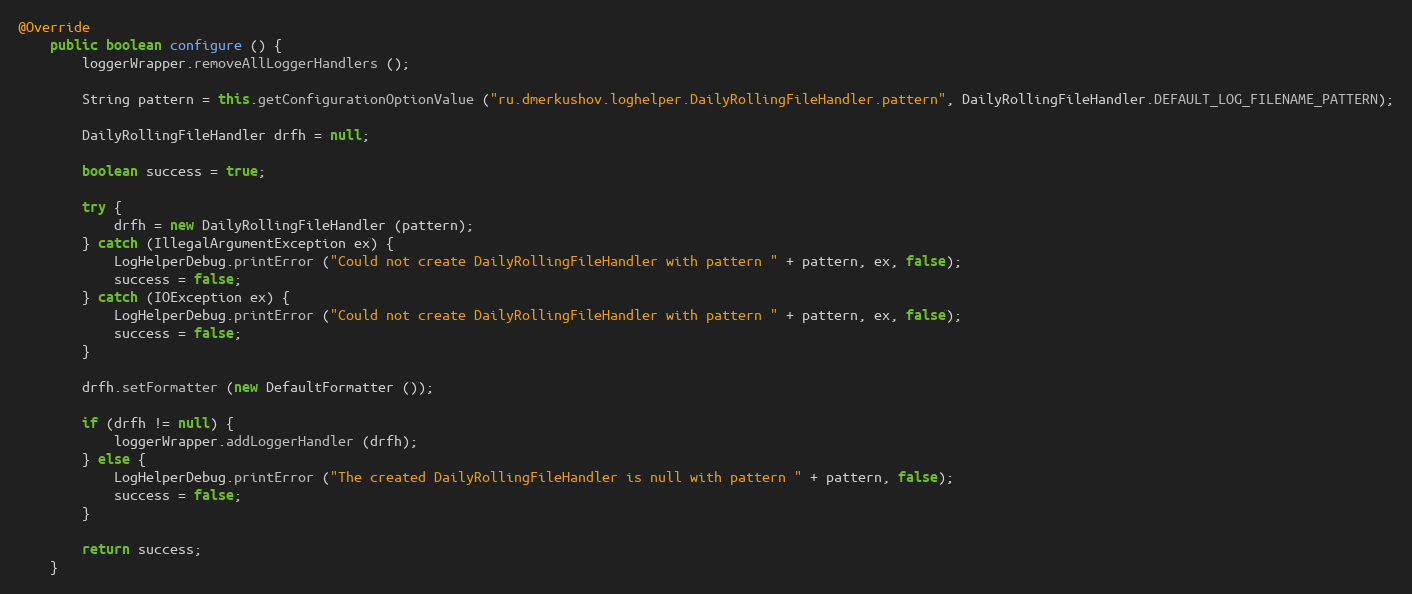
Language: Java
@Override
	public boolean configure () {
		loggerWrapper.removeAllLoggerHandlers ();

		String pattern = this.getConfigurationOptionValue ("ru.dmerkushov.loghelper.DailyRollingFileHandler.pattern", DailyRollingFileHandler.DEFAULT_LOG_FILENAME_PATTERN);

		DailyRollingFileHandler drfh = null;

		boolean success = true;

		try {
			drfh = new DailyRollingFileHandler (pattern);
		} catch (IllegalArgumentException ex) {
			LogHelperDebug.printError ("Could not create DailyRollingFileHandler with pattern " + pattern, ex, false);
			success = false;
		} catch (IOException ex) {
			LogHelperDebug.printError ("Could not create DailyRollingFileHandler with pattern " + pattern, ex, false);
			success = false;
		}

		drfh.setFormatter (new DefaultFormatter ());

		if (drfh != null) {
			loggerWrapper.addLoggerHandler (drfh);
		} else {
			LogHelperDebug.printError ("The created DailyRollingFileHandler is null with pattern " + pattern, false);
			success = false;
		}

		return success;
	}